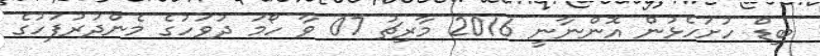
ބިޑް ހުށަހެޅުން އޮންނާނީ 2016 މާރިޗު 07 ވާ ހޯމަ ދުވަހުގެ މެންދުރުފަހުގެ